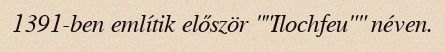
1391-ben említik először ""Ilochfeu"" néven.